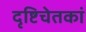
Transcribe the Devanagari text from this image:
दृष्टिचेतकां